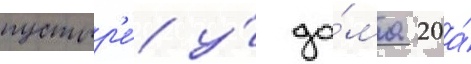
пустыр'е́ у́ до́ма 20а́